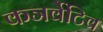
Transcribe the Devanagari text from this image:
कञर्वेटिव